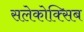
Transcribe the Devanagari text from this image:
सलेकोक्सिब